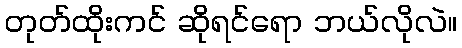
တုတ်ထိုးကင် ဆိုရင်ရော ဘယ်လိုလဲ။